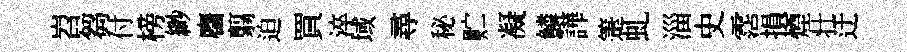
岧芻付榜緲麕翦迫買淬域尋秘贮凝鱗譁箑虬淄史霑損煙壮迂